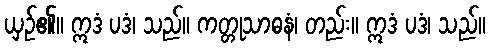
ယှဉ်၏။ ဣဒံ ပဒံ၊ သည်။ ကတ္တုသာဓနံ၊ တည်း။ ဣဒံ ပဒံ၊ သည်။